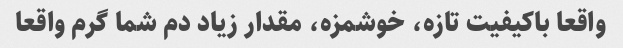
واقعا باکیفیت تازه، خوشمزه، مقدار زیاد دم شما گرم واقعا